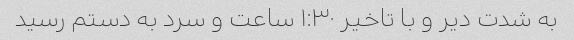
به شدت دیر و با تاخیر ۱:۳۰ ساعت و سرد به دستم رسید